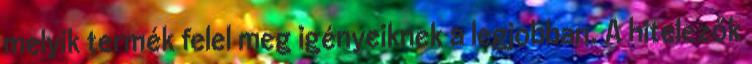
melyik termék felel meg igényeiknek a legjobban. A hitelezők